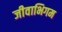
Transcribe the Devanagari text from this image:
जीवाभिगम